Vaccination in Burma 1900-1911 - 1900-1911
Year: 1900
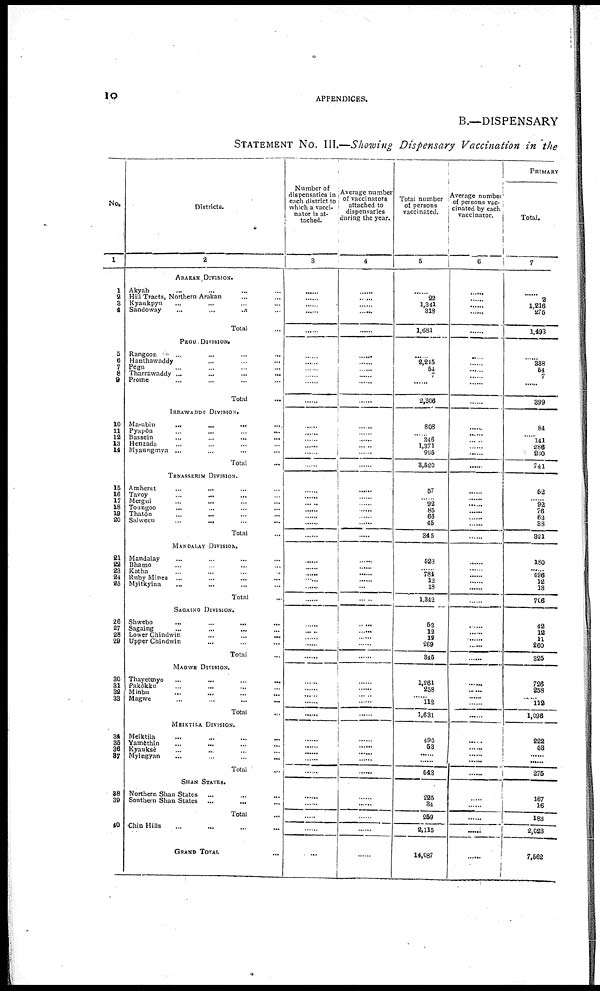
10
APPENDICES.
B.—DISPENSARY
STATEMENT NO. III.—Showing Dispensary Vaccination in the
No.
1
1
2
3
4
5
6
7
8
9
10
11
12
13
14
15
16
17
18
19
20
21
22
23
24
25
26
27
28
29
30
31
32
33
34
35
36
37
38
39
40
Districts.
2
ABAKAN DIVISION.
Akyab ... ... ...
Hill Tracts, Northern Arakan ... ...
Kyaukpyu ... ... ...
Sandoway
...
...
...
Total ...
PEGU DIVISION.
Rangoon ... ... ...
Hanthawaddy ... ... ...
Pegu ... ... ...
Tharrawaddy ... ... ...
Prome ... ... ...
Total ...
IRRAWADDY DIVISION.
Ma-ubin
...
...
...
...
Pyapôn ... ... ... ...
Bassein
...
...
...
...
Henzda ... ... ... ...
Myaungmya ... ... ...
Total ...
TENASSERIM DIVISION.
Amherst ... ... ... ...
Tavoy ... ... ... ...
Mergui ... ... ... ...
Toungoo ... ... ... ...
Thatôn ... ... ... ...
Salween ... ... ... ...
Total ...
MANDALAY DIVISION.
Mandalay ... ... ... ...
Bhamo ... ... ... ...
Katha ... ... ... ...
Ruby Mines ... ... ... ...
Myitkyina ... ... ... ...
Total ...
SAGAING DIVISION.
Shwebo
...
...
...
...
Sagaing ... ... ... ...
Lower Chindwin ... ... ... ...
Upper Chindwin ... ... ... ...
Total ...
MAGWE DIVISION.
Thayetmyo ... ... ... ...
Pakôkku ... ... ... ...
Minbu ... ... ... ...
Magwe
Total ...
MEIKTILA DIVISION.
Meiktila ... ... ... ...
Yamèthin ... ... ... ...
Kyauksè ... ... ... ...
Myingyan
...
...
...
...
...
Total ...
SHAN STATES.
Northern Shan States ... ...
Southern Shan States ... ...
Total ...
Chin Hills ... ... ...
GRAND TOTAL ...
Number of
dispensaries in
each district to
which a vacci-
nator is at-
tached.
3
.........
......
......
......
......
......
......
......
......
......
......
......
......
......
...... ......
......
......
......
......
......
......
......
......
......
......
......
......
......
......
...... ......
......
......
......
......
......
......
......
......
......
......
......
......
......
......
......
......
Average number
of vaccinators
attached to
dispensaries
during the year.
4
......
......
......
......
......
......
......
......
......
......
......
......
......
......
......
......
......
......
......
......
......
......
......
......
......
......
......
...... ......
......
......
...... ......
......
......
......
...... ......
......
......
......
......
......
......
......
......
......
......
......
Total number
of persons
vaccinated.
5
......
22
1,341
318
1,681
......
2,245
54
......
......
2,306
808
......
346
......
995
8,520
57
......
92
......
66
45
345
......
......
784
......
18
1,342
52
12
12
269
845
1,261
258 ......
112
1,631
490
53
......
......
543
225
34
259
2,115
14,087
Average number
of persons vac-
cinated by each
vaccinator.
6
......
......
......
......
......
......
.....
......
......
......
......
......
......
......
......
......
......
......
......
......
......
......
......
......
......
......
......
......
......
......
......
......
......
......
......
......
......
......
......
......
.....
......
......
......
......
......
......
......
......
PRIMARY
Total.
7
......
......
1,216
275
1,493
......
......
54
7
......
399
......
......
......
......
230
741
52
......
92
......
......
38
321
......
......
......
......
18
706
42
12
11
260
825
726
258 ......
112
1,096
222
55
......
......
275
167
16
183
2,023
7,562